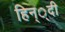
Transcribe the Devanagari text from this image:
हिन््दी